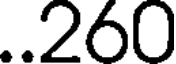
..260